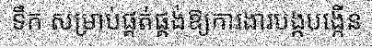
ទឹក សម្រាប់ផ្គត់ផ្គង់ឱ្យការងារបង្កបង្កើន